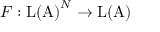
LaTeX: F : \mathrm { L ( A ) } ^ { N } \to \mathrm { L ( A ) }